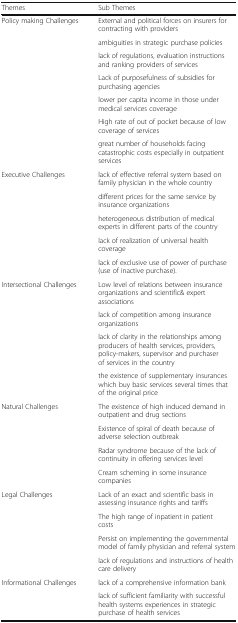
| Themes | Sub Themes |
 | --- | --- |
 | <ROWSPAN=7> Policy making Challenges | External and political forces on insurers for contracting with providers |
 | ambiguities in strategic purchase policies |
 | lack of regulations, evaluation instructions and ranking providers of services |
 | Lack of purposefulness of subsidies for purchasing agencies |
 | lower per capita income in those under medical services coverage |
 | High rate of out of pocket because of low coverage of services |
 | great number of households facing catastrophic costs especially in outpatient services |
 | <ROWSPAN=5> Executive Challenges | lack of effective referral system based on family physician in the whole country |
 | different prices for the same service by insurance organizations |
 | heterogeneous distribution of medical experts in different parts of the country |
 | lack of realization of universal health coverage |
 | lack of exclusive use of power of purchase (use of inactive purchase). |
 | <ROWSPAN=4> Intersectional Challenges | Low level of relations between insurance organizations and scientific& expert associations |
 | lack of competition among insurance organizations |
 | lack of clarity in the relationships among producers of health services, providers, policy-makers, supervisor and purchaser of services in the country |
 | the existence of supplementary insurances which buy basic services several times that of the original price |
 | <ROWSPAN=4> Natural Challenges | The existence of high induced demand in outpatient and drug sections |
 | Existence of spiral of death because of adverse selection outbreak |
 | Radar syndrome because of the lack of continuity in offering services level |
 | Cream scheming in some insurance companies |
 | <ROWSPAN=4> Legal Challenges | Lack of an exact and scientific basis in assessing insurance rights and tariffs |
 | The high range of inpatient in patient costs |
 | Persist on implementing the governmental model of family physician and referral system |
 | lack of regulations and instructions of health care delivery |
 | <ROWSPAN=2> Informational Challenges | lack of a comprehensive information bank |
 | lack of sufficient familiarity with successful health systems experiences in strategic purchase of health services |